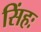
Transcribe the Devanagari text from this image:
सिंहः